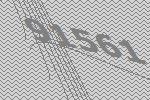
91561